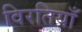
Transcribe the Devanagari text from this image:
विरतियाँ